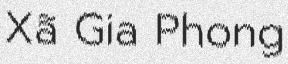
Xã Gia Phong